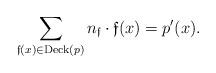
LaTeX: \begin{align*}\sum_{\mathfrak f(x) \in \operatorname{Deck}(p)} n_{\mathfrak f} \cdot \mathfrak f(x)= p^\prime(x).\end{align*}